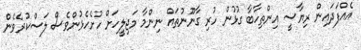
އެއްފަދައިން ރިޔާސީ އިންތިހާބާ ގުޅުން ހުރި ގާނޫނުތައް ނިންމާ މަޖިލީހަށް ހުށެހެޅުންވެސް ލަސްކުރެވެން